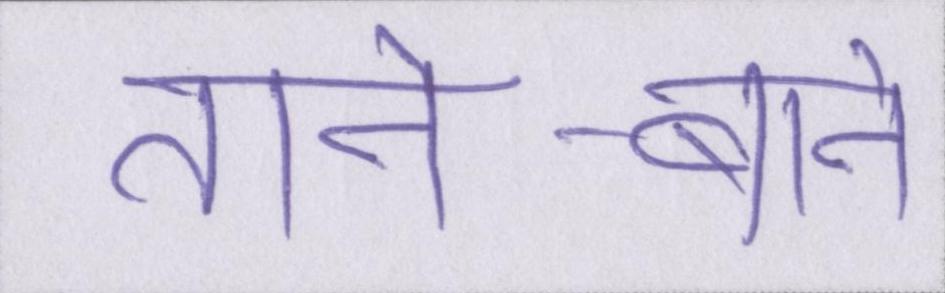
ताने-बाने